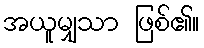
အယူမျှသာ ဖြစ်၏။